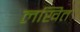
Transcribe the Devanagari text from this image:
लखित